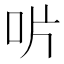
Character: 𠯯